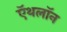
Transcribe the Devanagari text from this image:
ऍथलॉन